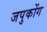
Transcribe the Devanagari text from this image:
जपुकोंग